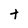
Character: t